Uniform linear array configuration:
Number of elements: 4
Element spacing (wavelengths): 1
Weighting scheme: hamming
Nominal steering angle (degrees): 60
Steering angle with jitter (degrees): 58.162
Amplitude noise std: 0.05
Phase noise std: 0.05

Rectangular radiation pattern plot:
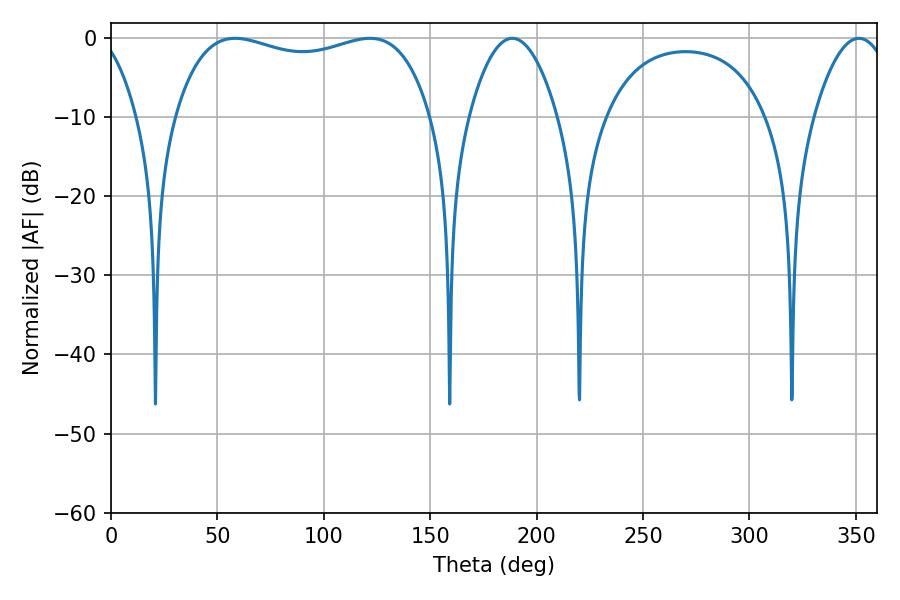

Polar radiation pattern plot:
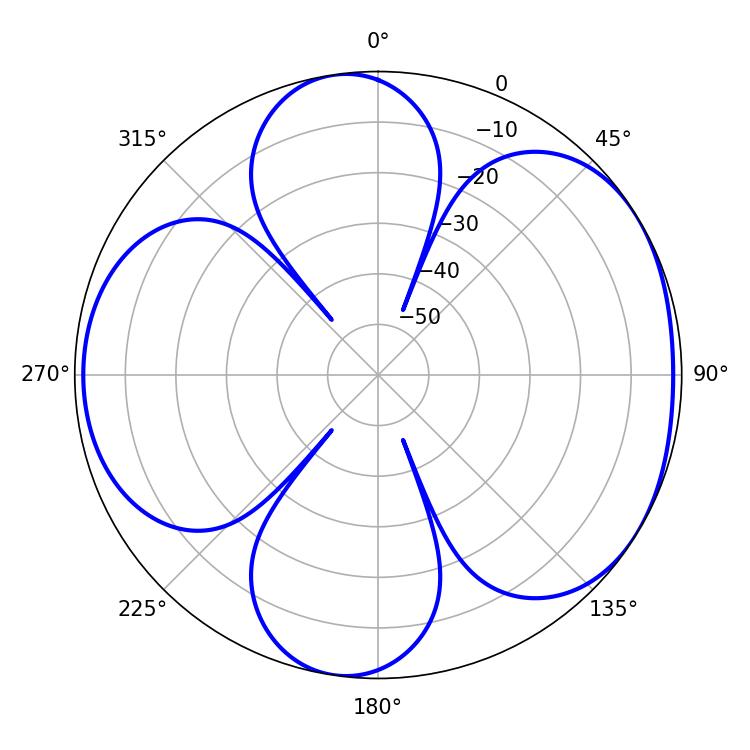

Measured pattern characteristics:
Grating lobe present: TRUE
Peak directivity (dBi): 5.154
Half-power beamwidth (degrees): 98.28
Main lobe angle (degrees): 58.32